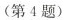
(第4题)